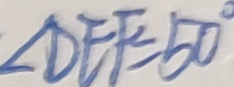
\angle D E F = 5 0 ^ { \circ }